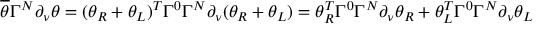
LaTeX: \overline { { { \theta } } } \Gamma ^ { N } \partial _ { \nu } \theta = ( \theta _ { R } + \theta _ { L } ) ^ { T } \Gamma ^ { 0 } \Gamma ^ { N } \partial _ { \nu } ( \theta _ { R } + \theta _ { L } ) = \theta _ { R } ^ { T } \Gamma ^ { 0 } \Gamma ^ { N } \partial _ { \nu } \theta _ { R } + \theta _ { L } ^ { T } \Gamma ^ { 0 } \Gamma ^ { N } \partial _ { \nu } \theta _ { L }